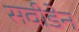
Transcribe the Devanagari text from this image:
सवीडेन